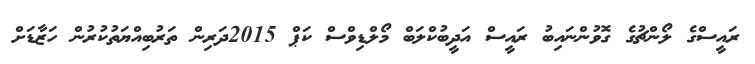
ރައީސްގެ ލޯންޗުގެ ގޮވުންނައިބު ރައީސް އަދީބުކްލަބް މޯލްޑިވްސް ކަޕް 2015ދަރިން ތަރުބިއްޔަތުކުރުން ހަޒާޑަށް